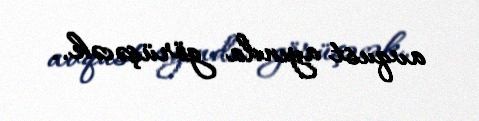
avqust ayında görüşəcək..